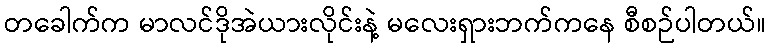
တခေါက်က မာလင်ဒိုအဲယားလိုင်းနဲ့ မလေးရှားဘက်ကနေ စီစဉ်ပါတယ်။